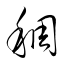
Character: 稠